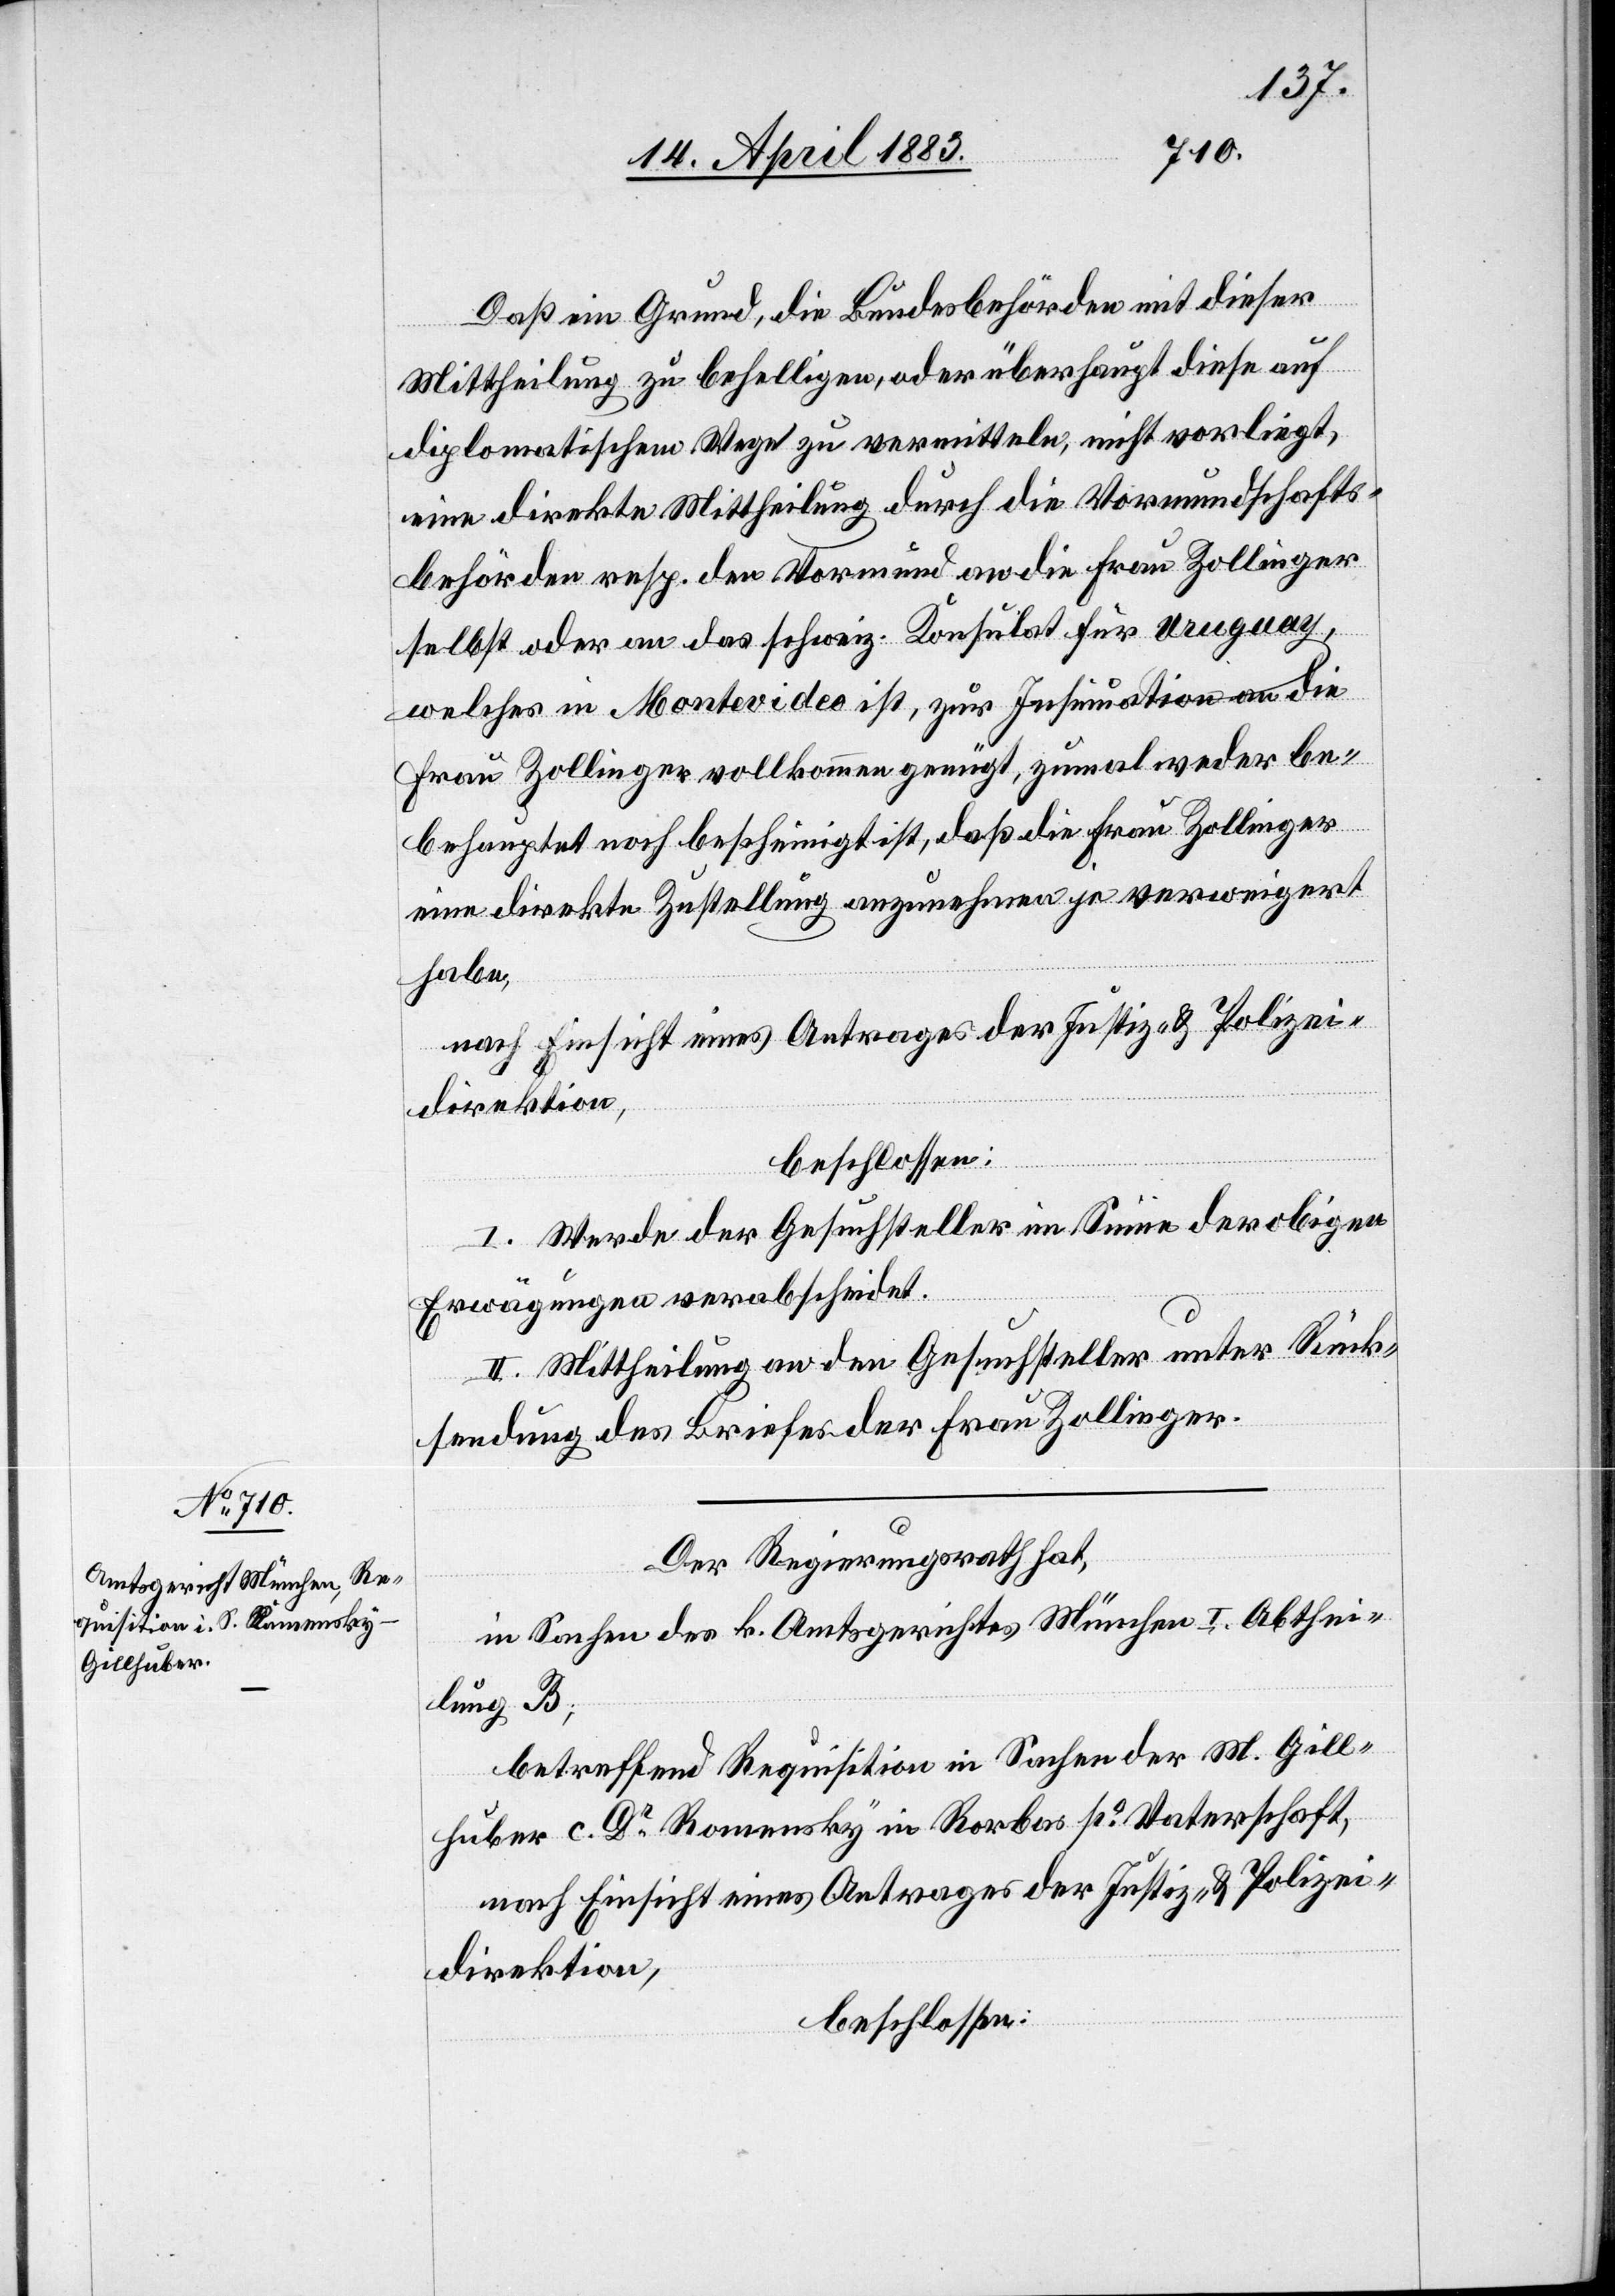
Daß ein Grund, die Bundesbehörden mit dieser
Mittheilung zu behelligen, oder überhaupt diese auf
diplomatischem Wege zu vermitteln, nicht vorliegt,
eine direkte Mittheilung durch die Vormundschafts¬
behörden resp. den Vormund an die Frau Zollinger
selbst oder an das schweiz. Konsulat für Uruguay,
welches in Montevideo ist, zur Insinuation an die
Frau Zollinger vollkommen genügt, zumal weder be¬
hauptet noch bescheinigt ist, daß die Frau Zollinger
eine direkte Zustellung anzunehmen ja verweigert
habe,
nach Einsicht eines Antrages der Justiz- & Polizei¬
direktion,
beschlossen:
I. Werde der Gesuchsteller im Sinne der obigen
Erwägungen verabschiedet.
II. Mittheilung an den Gesuchsteller unter Rück¬
sendung des Briefes der Frau Zollinger.
Der Regierungsrath hat,
in Sachen des k. Amtsgerichtes München I. Abthei¬
lung B,
betreffend Requisition in Sachen der M. Gill¬
huber c. Dr Romensky in Rorbas po Vaterschaft,
nach Einsicht eines Antrages der Justiz- & Polizei¬
direktion,
beschlossen: